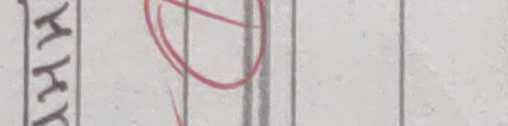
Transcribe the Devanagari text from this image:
खायो